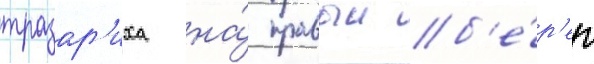
тразар'иха на́ правыи б'е́р'ег